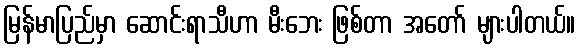
မြန်မာပြည်မှာ ဆောင်းရာသီဟာ မီးဘေး ဖြစ်တာ အတော် များပါတယ်။